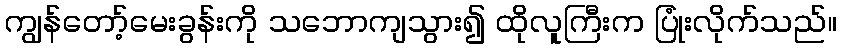
ကျွန်တော့်မေးခွန်းကို သဘောကျသွား၍ ထိုလူကြီးက ပြုံးလိုက်သည်။